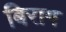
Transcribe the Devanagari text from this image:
बिराग